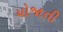
યોજાતી